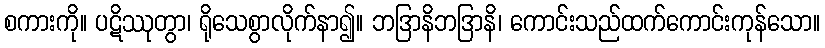
စကားကို။ ပဋိဿုတွာ၊ ရိုသေစွာလိုက်နာ၍။ ဘဒြာနိဘဒြာနိ၊ ကောင်းသည်ထက်ကောင်းကုန်သော။